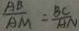
\frac { A B } { A M } = \frac { B C } { A N }